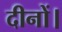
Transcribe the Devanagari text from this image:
दीनों।